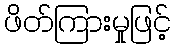
ဖိတ်ကြားမှုဖြင့်